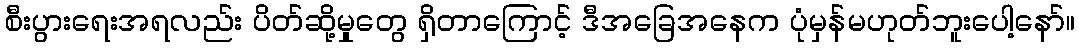
စီးပွားရေးအရလည်း ပိတ်ဆို့မှုတွေ ရှိတာကြောင့် ဒီအခြေအနေက ပုံမှန်မဟုတ်ဘူးပေါ့နော်။